Bréfritari: Sigríður Pálsdóttir
Viðtakandi: Páll Pálsson
Dagsetning: A-1844-06-23
Skrifað á: Síðumúla  Mýr.
Páll var bróðir Sigríðar

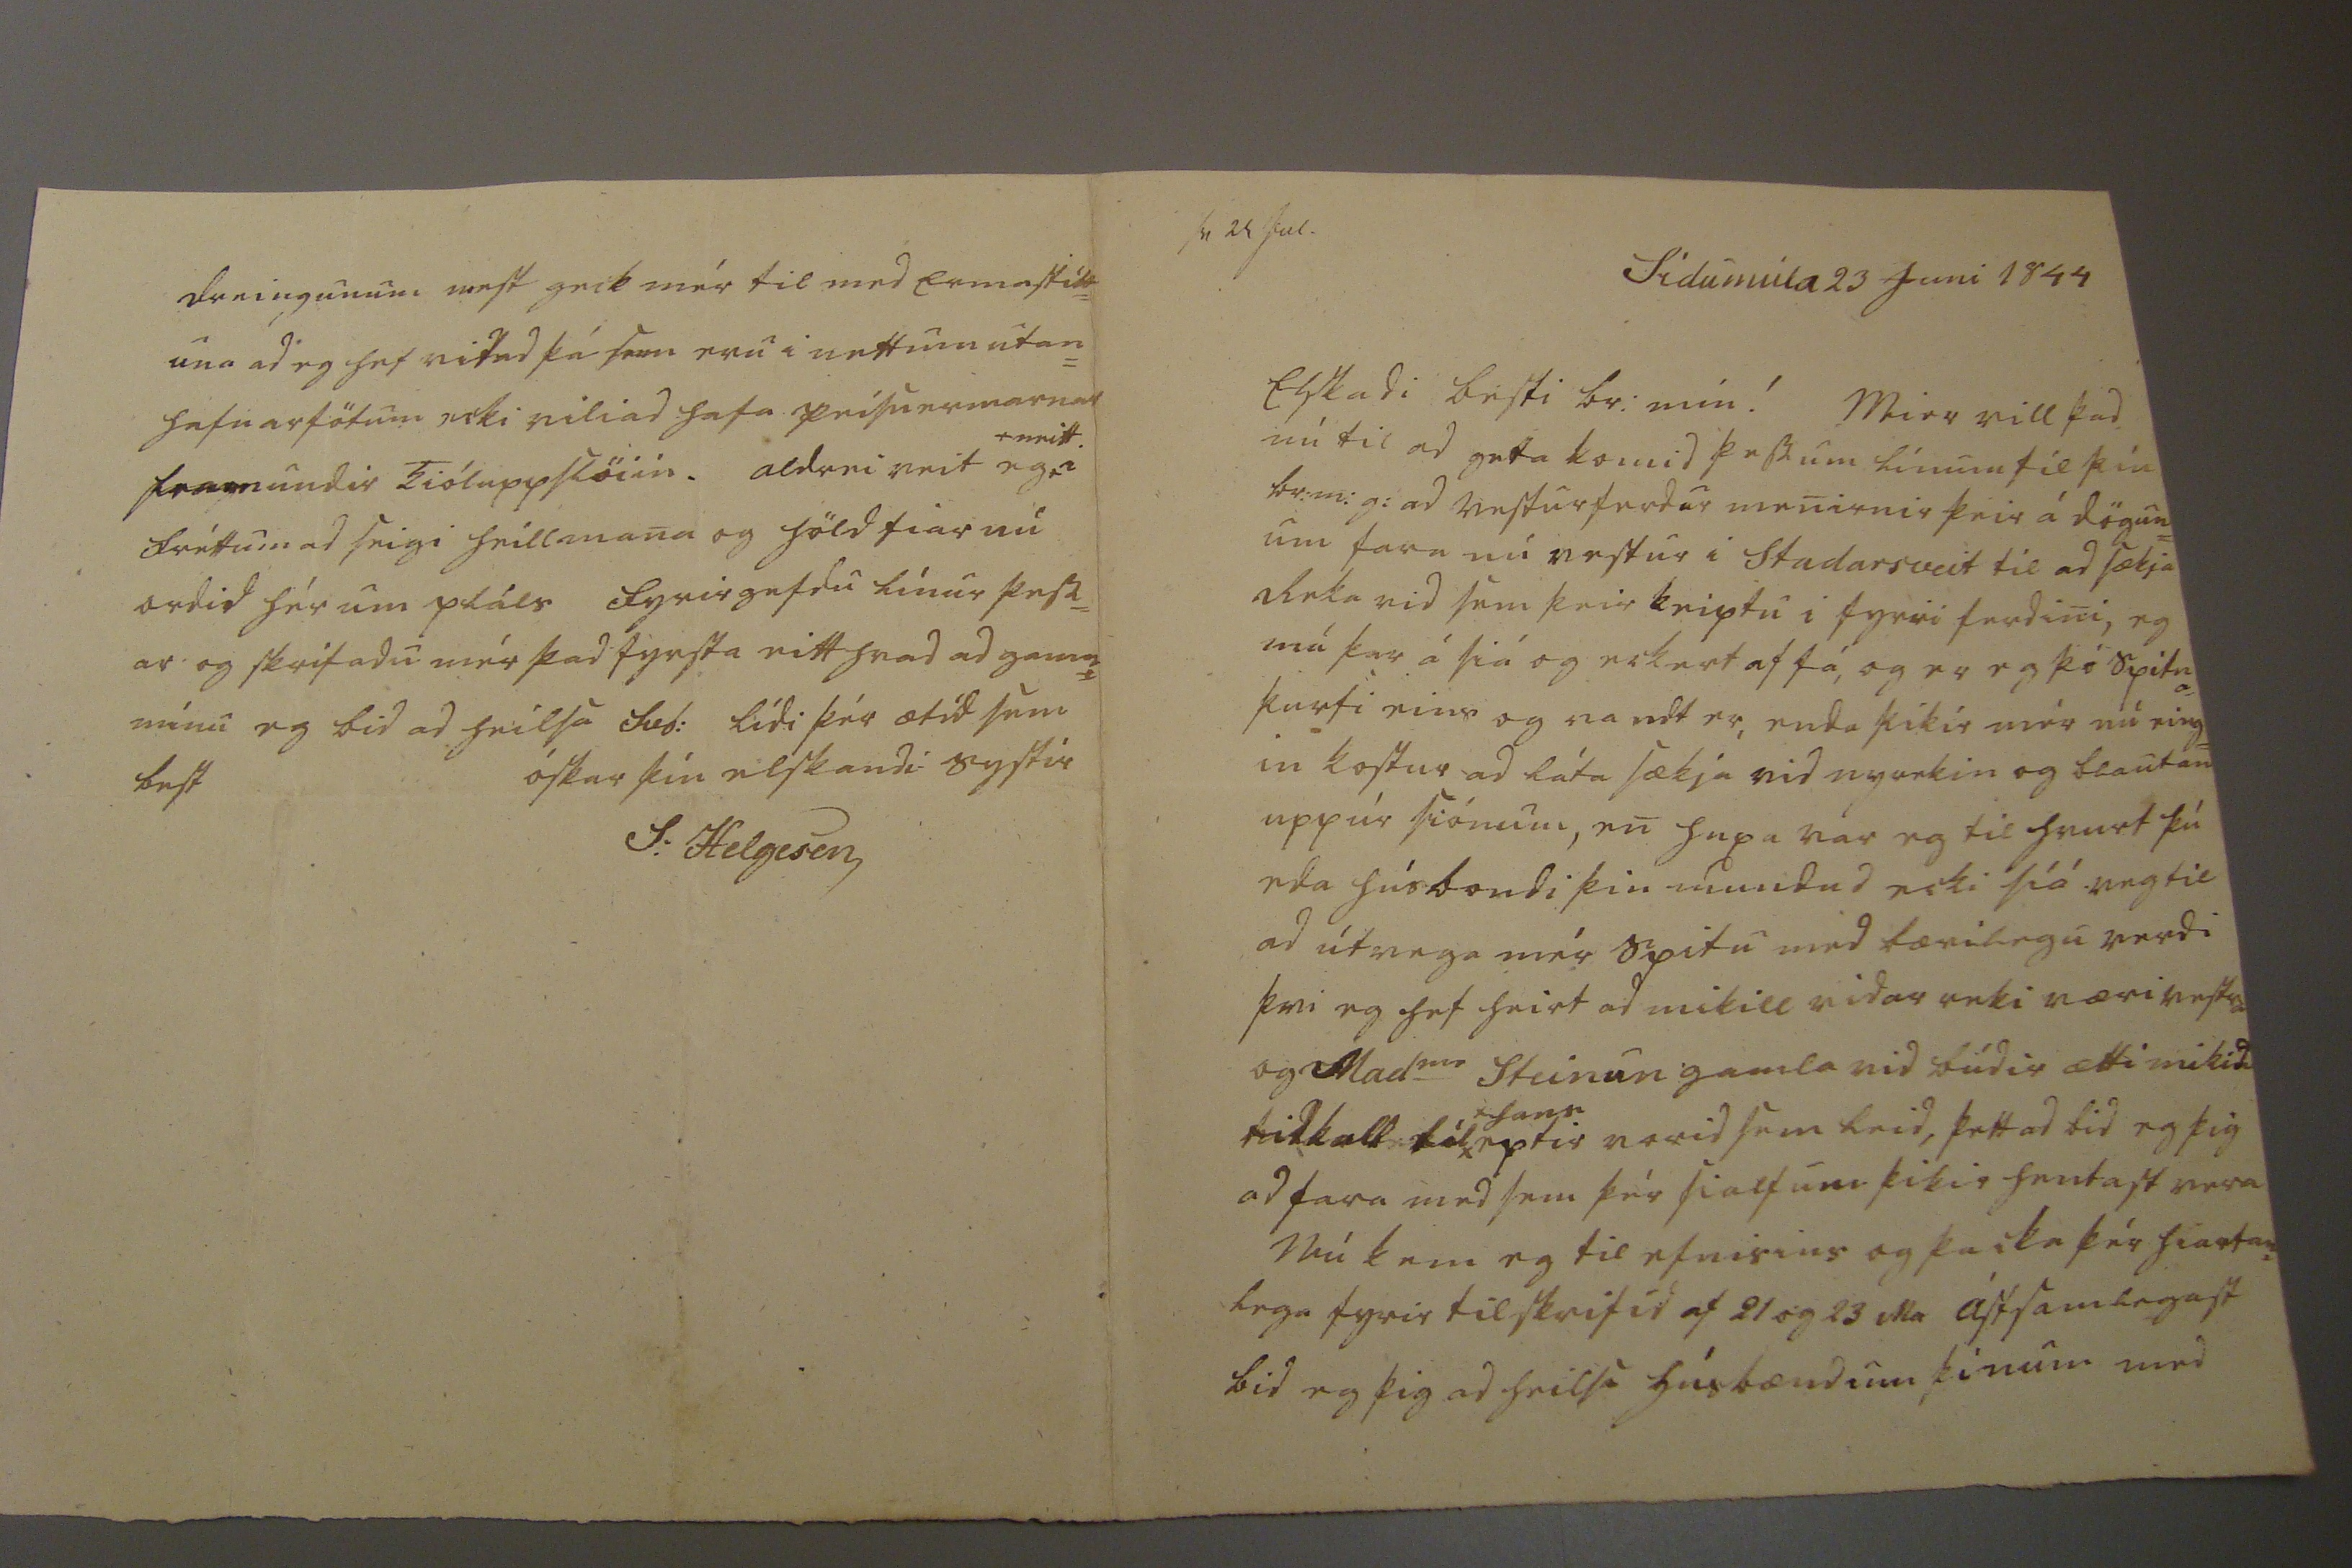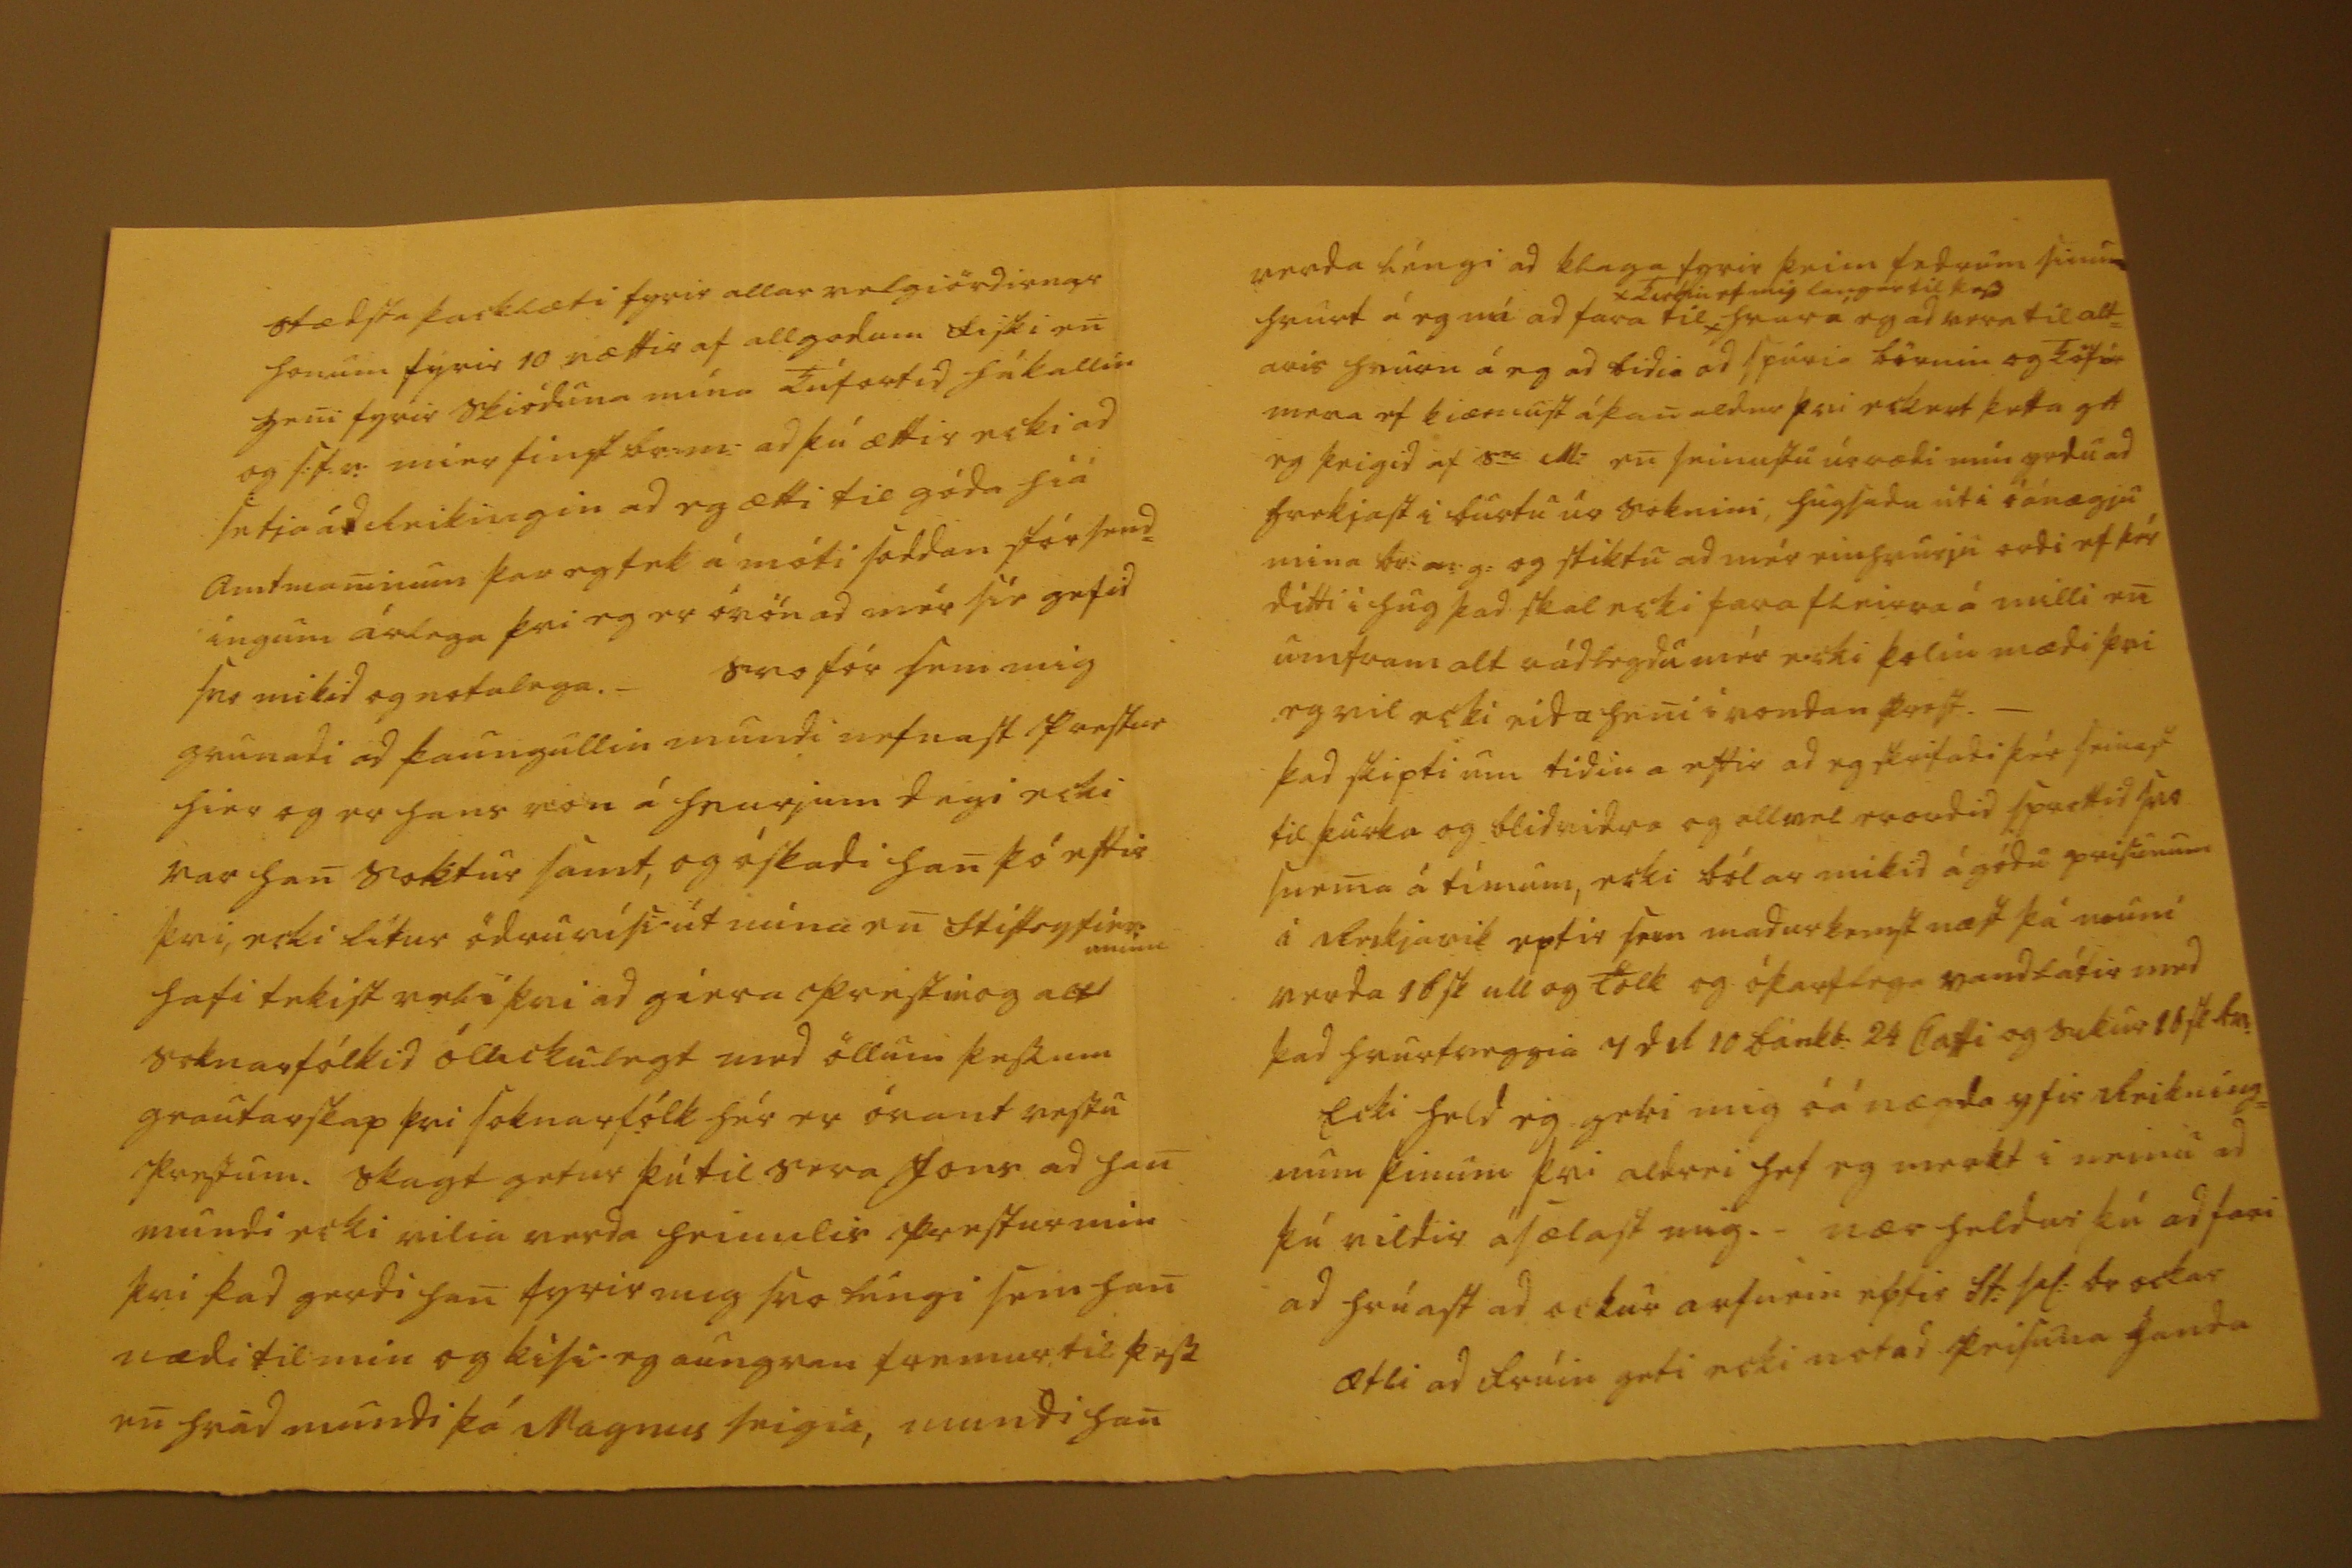

sv 25 Jul.
Sídumúla 23 Juni 1844
Elskadi besti br: mín! Mier vill þad nú til ad geta komid þessum línum til þín br:m:g: ad vesturferdur menirnir þeir á dögun= um fara nú vestur i Stadarsveit til ad sækja Reka vid sem þeir keiptu i fyrri ferdini, eg má þar á siá og eckert af fá, og er eg þó spitna_ þurfi eins og vandt er, enda þikir mér nú eing= in kostur ad láta sækja vid nyrekin og blautan uppúr siónum, en huxa var eg til hvurt þú eda húsbondi þin mundud ecki síá veg til ad útvega mér spitu med bærilegu verdi þvi eg hef heirt ad mikill vidarreki væri vestra og Mad
me
Steinun gamla vid búdir ætti mikid tilkall til*
*hans
eptir vorid sem leid, þettad bid eg þig ad fara med sem þér sialfum þikir hentast vera Nú kem eg til efnisins og þacka þér hiartan= lega fyrir tilskrifid af 21 og 23
Ma
ástsamlegast bid eg þig ad heilsa húsbændum þínum med
stædsta þacklæti fyrir allar velgiördirnar honum fyrir 10 vættir af allgodum fiski en heni fyrir skióduna mína kúfortid hákallin og s:f.v: mier finst br:m: ad þú ættir ecki ad setja á
d
reikingin ad eg ætti til góda hiá amtmaninum þar eg tek á móti soddan stór send= ingum árlega þvi eg er óvön ad mér sié gefid svo mikid og notalega._ svo fór sem mig grunadi ad þaungullin mundi nefnast prestur hier og er hans von á hvurjum degi ecki var han soktur samt, og óskadi han þó eftir þvi, ecki lítur ödruvísi út núna en stiftsyfirr: mínu hafi tekist vel í þvi ad giera prestin og alt soknarfólkid óluckulegt med öllum þessum grautarskap þvi soknarfólk hér er óvant vestu prestum. skagt getur þú til sera Jons ad han mundi ecki vilia verda heimilis prestur min þvi þad gerdi han fyrir mig svo léngi sem han nædi til min og kisi eg aungvan fremur til þess en hvad mundi þá Magnus seigia, mundi han
verda léngi ad klaga fyrir þeim fedrum sinum hvurt á eg nú ad fara til*
*kirkiu ef mig langar til þess
hvar á eg ad vera til alt= aris hvurn á eg add bidia ad spuria börnin og
kö00 menn
ef kiæmust á þan aldur þvi eckert þetta get eg þeigid af S
ra
M: enbar; seinustu úrrædi min yrdu ad hrekjast i burtu úr soknini, hugsadu út i óánægju mina br:m:g: og stiktu ad mér einhvurju ordi ef þér ditti i hug þad skal ecki fara fleira á milli en umfram alt rádlegdu mér ecki þolinmædi þvi eg vil ecki eida heni i vondan prest._ þad skipti um tídina eftir ad eg skrifadi þér seinast til þurka og blidvidra og allvel er ordid sprottid svo snema á tímum, ecki bólar mikid á gódu prisunum i Reikjavik eptir sem madur kemst næst þá muni verda 16 sk ull og Tolk og óþarflega vandlátir med þad hvurtveggia 4
dal 10 bánkb:
24 Caffi og sikur 16 sk
00
Ecki held eg geri mig óánægda yfir Reikning= num þinum þvi aldrei hef eg merkt i neinu ad þú vildir ásælast mig._ nær heldur þú ad fari ad hrúast ad ockur arfurin eptir St: sal: br ockar ætli ad frúin geti ecki notad peisuna handa
dreingunum mest geck mér til med Ermastitt= una ad eg hef vitad þá sem eru i nettum utan= hafnarfötum ecki viliad hafa peisuermarnar framundir kióluppslöiin. aldrei veit eg +
+ neitt.
i fréttum ad seigi heillmana og höld fiar nú ordid hér um pláss fyrirgefdu línur þess= ar og skrifadu mér þad fyrsta eitthvad ad gamni mínu eg bid ad heilsa svb: lídi þér ætíd sem best
óskar þín elskandi systir
S: Helgesen